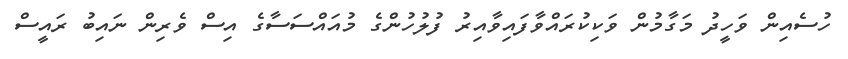
ހުސެއިން ވަހީދު މަގާމުން ވަކިކުރައްވާފައިވާއިރު ފުލުހުންގެ މުއައްސަސާގެ އިސް ވެރިން ނައިބު ރައީސް